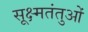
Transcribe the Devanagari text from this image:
सूक्ष्मतंतुओं